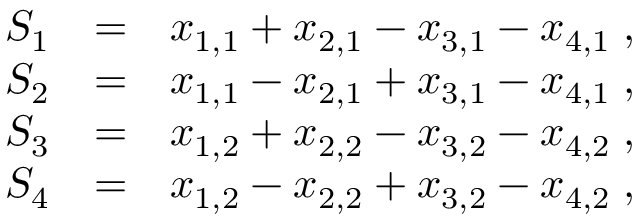
\begin{array} { r l r } { S _ { 1 } } & { = } & { x _ { 1 , 1 } + x _ { 2 , 1 } - x _ { 3 , 1 } - x _ { 4 , 1 } \; , } \\ { S _ { 2 } } & { = } & { x _ { 1 , 1 } - x _ { 2 , 1 } + x _ { 3 , 1 } - x _ { 4 , 1 } \; , } \\ { S _ { 3 } } & { = } & { x _ { 1 , 2 } + x _ { 2 , 2 } - x _ { 3 , 2 } - x _ { 4 , 2 } \; , } \\ { S _ { 4 } } & { = } & { x _ { 1 , 2 } - x _ { 2 , 2 } + x _ { 3 , 2 } - x _ { 4 , 2 } \; , } \end{array}